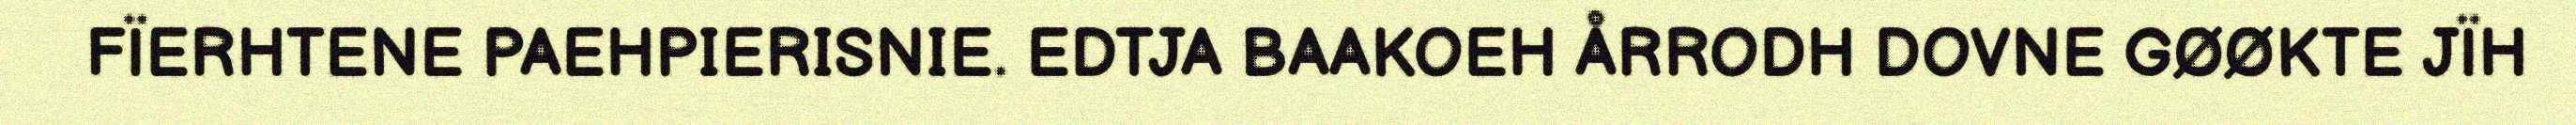
FÏERHTENE PAEHPIERISNIE. EDTJA BAAKOEH ÅRRODH DOVNE GØØKTE JÏH